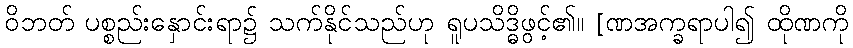
ဝိဘတ် ပစ္စည်းနှောင်းရာ၌ သက်နိုင်သည်ဟု ရူပသိဒ္ဓိဖွင့်၏။ [ဏအက္ခရာပါ၍ ထိုဏကို